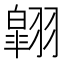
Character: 翶